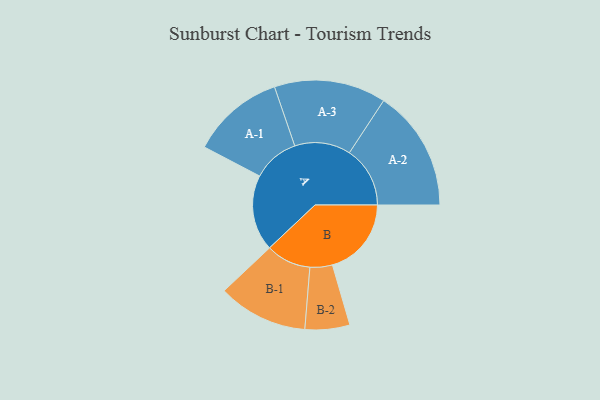
{"axis": {"x": "Segment", "y": "Value"}, "legend": ["", "A", "B"], "data": [{"x": "A", "y": 353, "type": ""}, {"x": "B", "y": 367, "type": ""}, {"x": "A-1", "y": 216, "type": "A"}, {"x": "A-2", "y": 282, "type": "A"}, {"x": "A-3", "y": 260, "type": "A"}, {"x": "B-1", "y": 209, "type": "B"}, {"x": "B-2", "y": 104, "type": "B"}]}